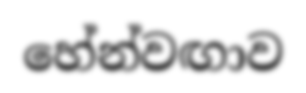
හේන්වඟාව